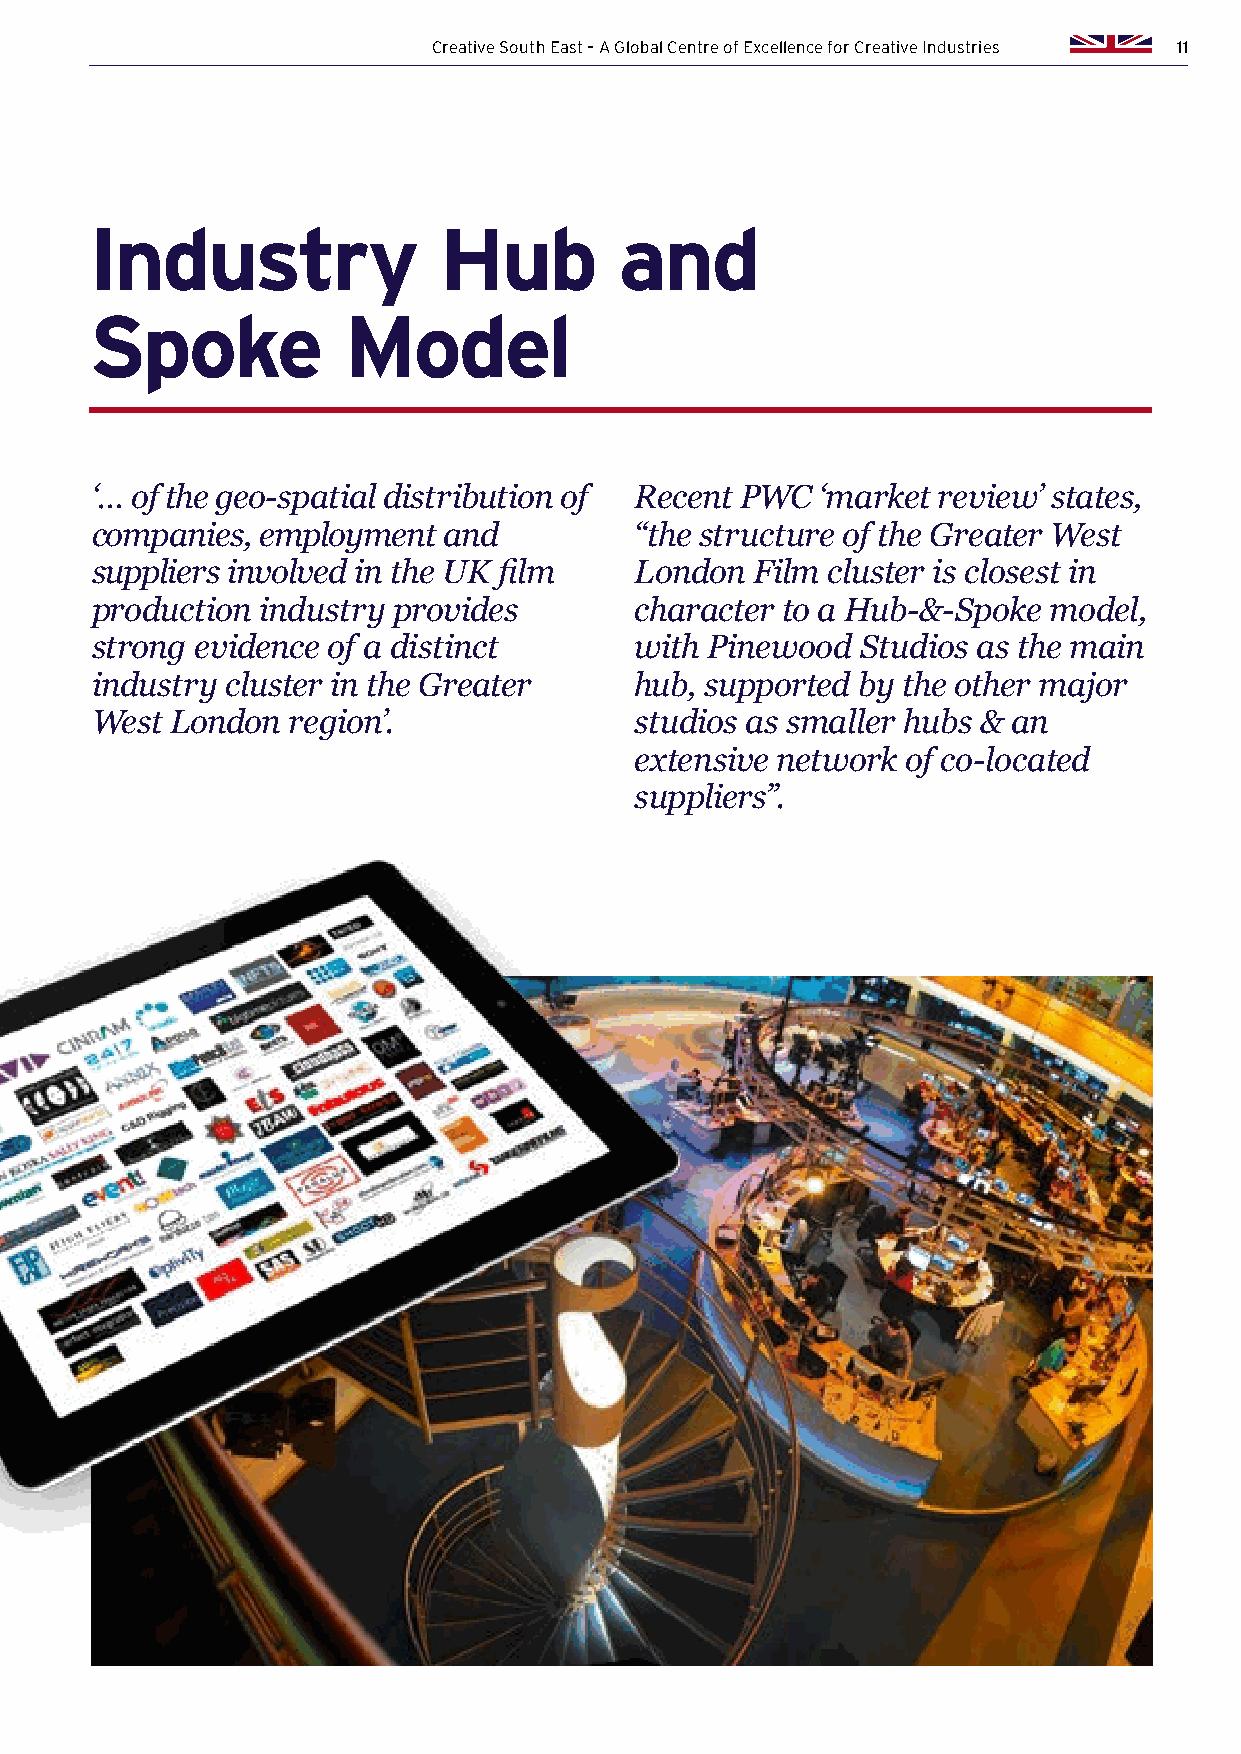
Creative South East – A Global Centre of Excellence for Creative Industries 11
 Industry               Hub         and
 Spoke            Model
 ‘… of the geo-spatial distribution of Recent PWC ‘market review’ states,
 companies, employment  and          “the structure of the Greater West
 suppliers involved in the UK film   London  Film cluster is closest in
 production industry provides        character to a Hub-&-Spoke model,
 strong evidence of a distinct       with Pinewood  Studios as the main
 industry cluster in the Greater     hub, supported by the other major
 West London  region’.               studios as smaller hubs & an
 extensive network of co-located
 suppliers”.